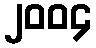
၂၀၀၄